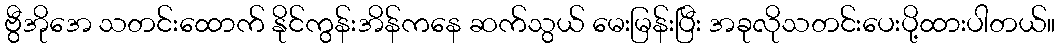
ဗွီအိုအေ သတင်းထောက် နိုင်ကွန်းအိန်ကနေ ဆက်သွယ် မေးမြန်းပြီး အခုလိုသတင်းပေးပို့ထားပါတယ်။